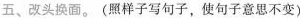
五、改头换面。(照样子写句子，使句子意思不变)